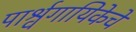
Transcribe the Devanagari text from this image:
पार्श्वगायिकेचे